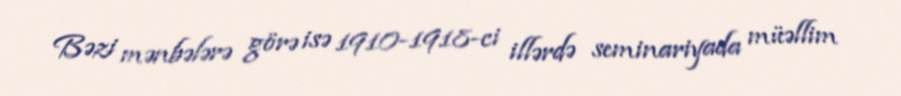
Bəzi mənbələrə görə isə 1910-1918-ci illərdə seminariyada müəllim